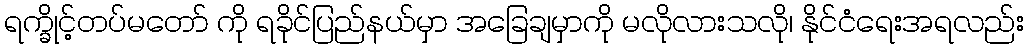
ရက္ခိုင့်တပ်မတော် ကို ရခိုင်ပြည်နယ်မှာ အခြေချမှာကို မလိုလားသလို၊ နိုင်ငံရေးအရလည်း